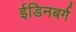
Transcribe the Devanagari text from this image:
ईडिनबर्ग